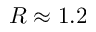
R \approx 1 . 2